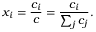
x _ { i } = { \frac { c _ { i } } { c } } = { \frac { c _ { i } } { \sum _ { j } c _ { j } } } .